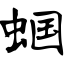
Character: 蝈